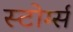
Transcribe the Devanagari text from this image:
स्टोर्म्स